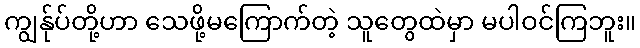
ကျွန်ုပ်တို့ဟာ သေဖို့မကြောက်တဲ့ သူတွေထဲမှာ မပါဝင်ကြဘူး။